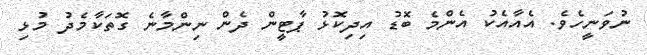
ނުވަނީހެވެ. އެއާއެކު އެންމެ ބޮޑު އިދިކޮޅު ޕާޓީން ދެން ނިންމާނެ ގޮތަކާމެދު މުޅި